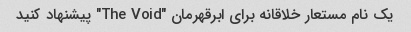
یک نام مستعار خلاقانه برای ابرقهرمان "The Void" پیشنهاد کنید